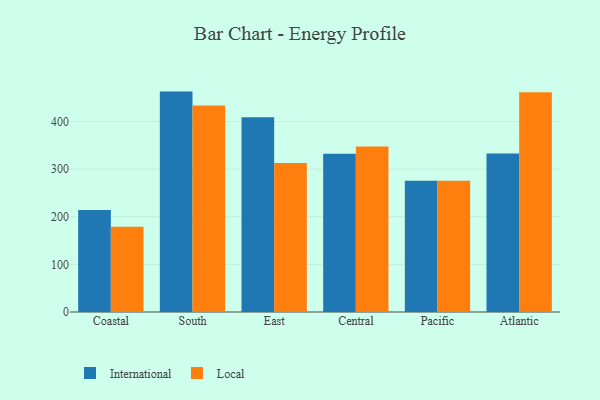
{"axis": {"x": "Region", "y": "Gross Profit (USD K)"}, "legend": ["International", "Local"], "data": [{"x": "Coastal", "y": 214.2, "type": "International"}, {"x": "Coastal", "y": 178.8, "type": "Local"}, {"x": "South", "y": 462.7, "type": "International"}, {"x": "South", "y": 433.4, "type": "Local"}, {"x": "East", "y": 408.9, "type": "International"}, {"x": "East", "y": 313.0, "type": "Local"}, {"x": "Central", "y": 332.0, "type": "International"}, {"x": "Central", "y": 347.4, "type": "Local"}, {"x": "Pacific", "y": 275.4, "type": "International"}, {"x": "Pacific", "y": 275.4, "type": "Local"}, {"x": "Atlantic", "y": 332.7, "type": "International"}, {"x": "Atlantic", "y": 461.3, "type": "Local"}]}